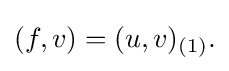
\displaystyle {(f,v)=(u,v)_{(1)}.}